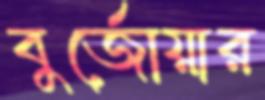
বুর্জোয়ার